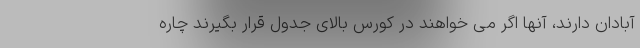
آبادان دارند، آنها اگر می خواهند در کورس بالای جدول قرار بگیرند چاره